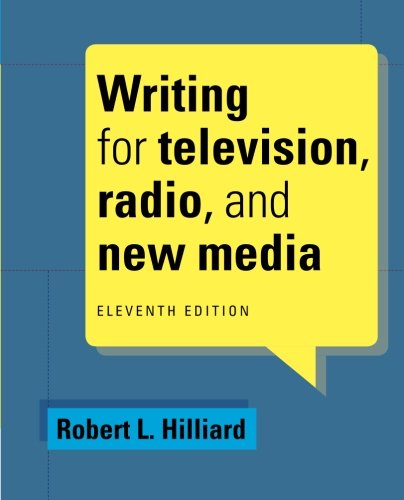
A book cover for Writing for Television, Radio, and New Media (Cengage Series in Broadcast and Production); Robert L. Hilliard; Humor & Entertainment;